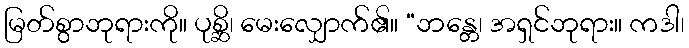
မြတ်စွာဘုရားကို။ ပုစ္ဆိ၊ မေးလျှောက်၏။ “ဘန္တေ၊ အရှင်ဘုရား။ ကဒါ၊